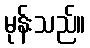
မုန်းသည်။